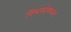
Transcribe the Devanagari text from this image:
विश्वकोशकार।